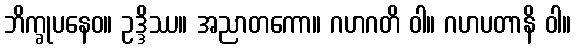
ဘိက္ခုပနေဝ။ ဥဒ္ဒိဿ။ အညာတကော။ ဂဟဂတိ ဝါ။ ဂဟပတာနိ ဝါ။